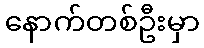
နောက်တစ်ဦးမှာ